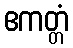
ဧကတ္တံ